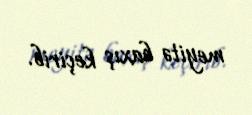
meyitə baxış keçirib.